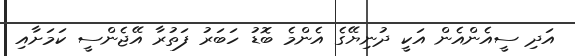
އަދި ސީއެންއެން އަކީ ދުނިޔޭގެ އެންމެ ބޮޑު ހަބަރު ފަތުރާ އޭޖެންސީ ކަމަށާއި